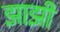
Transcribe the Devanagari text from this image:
झाझी